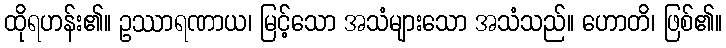
ထိုရဟန်း၏။ ဥဿာရဏာယ၊ မြင့်သော အသံများသော အသံသည်။ ဟောတိ၊ ဖြစ်၏။